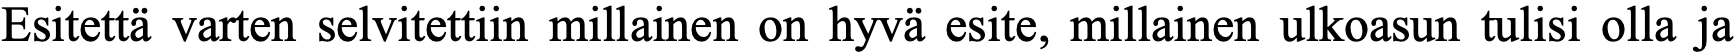
Esitettä varten selvitettiin millainen on hyvä esite, millainen ulkoasun tulisi olla ja